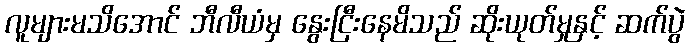
လူများမသိအောင် ဘီလီယံမှ နွေးငြီးနေမိသည် ဆိုးယုတ်မှုနှင့် ဆက်ပွဲ